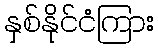
နှစ်နိုင်ငံကြား